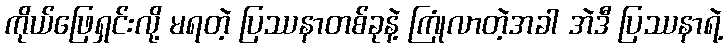
ကိုယ်ဖြေရှင်းလို့ မရတဲ့ ပြဿနာတစ်ခုနဲ့ ကြုံလာတဲ့အခါ အဲဒီ ပြဿနာရဲ့